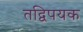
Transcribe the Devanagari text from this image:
तद्विपयक